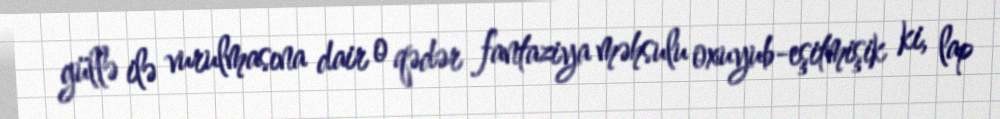
güllə ilə vurulmasına dair o qədər fantaziya məhsulu oxuyub-eşitmişik ki, lap